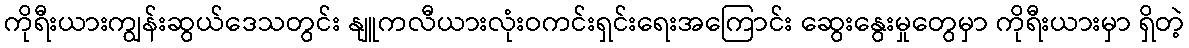
ကိုရီးယားကျွန်းဆွယ်ဒေသတွင်း နျူကလီယားလုံးဝကင်းရှင်းရေးအကြောင်း ဆွေးနွေးမှုတွေမှာ ကိုရီးယားမှာ ရှိတဲ့